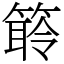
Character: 䉁